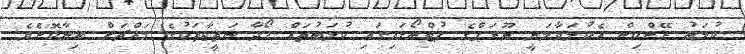
ކުލަބު ރޭންކިން އެކުލަވާލަނީ ޔޫރަޕްގެ ފުޓްބޯޅައިގައި ކުލަބުތައް ހޯދާ ނަތީޖާތަކުގެ މައްޗަށް ބިނާކޮށެވެ.